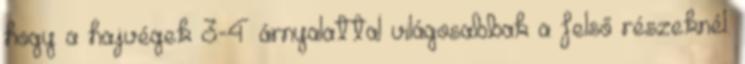
hogy a hajvégek 3-4 árnyalattal világosabbak a felső részeknél.